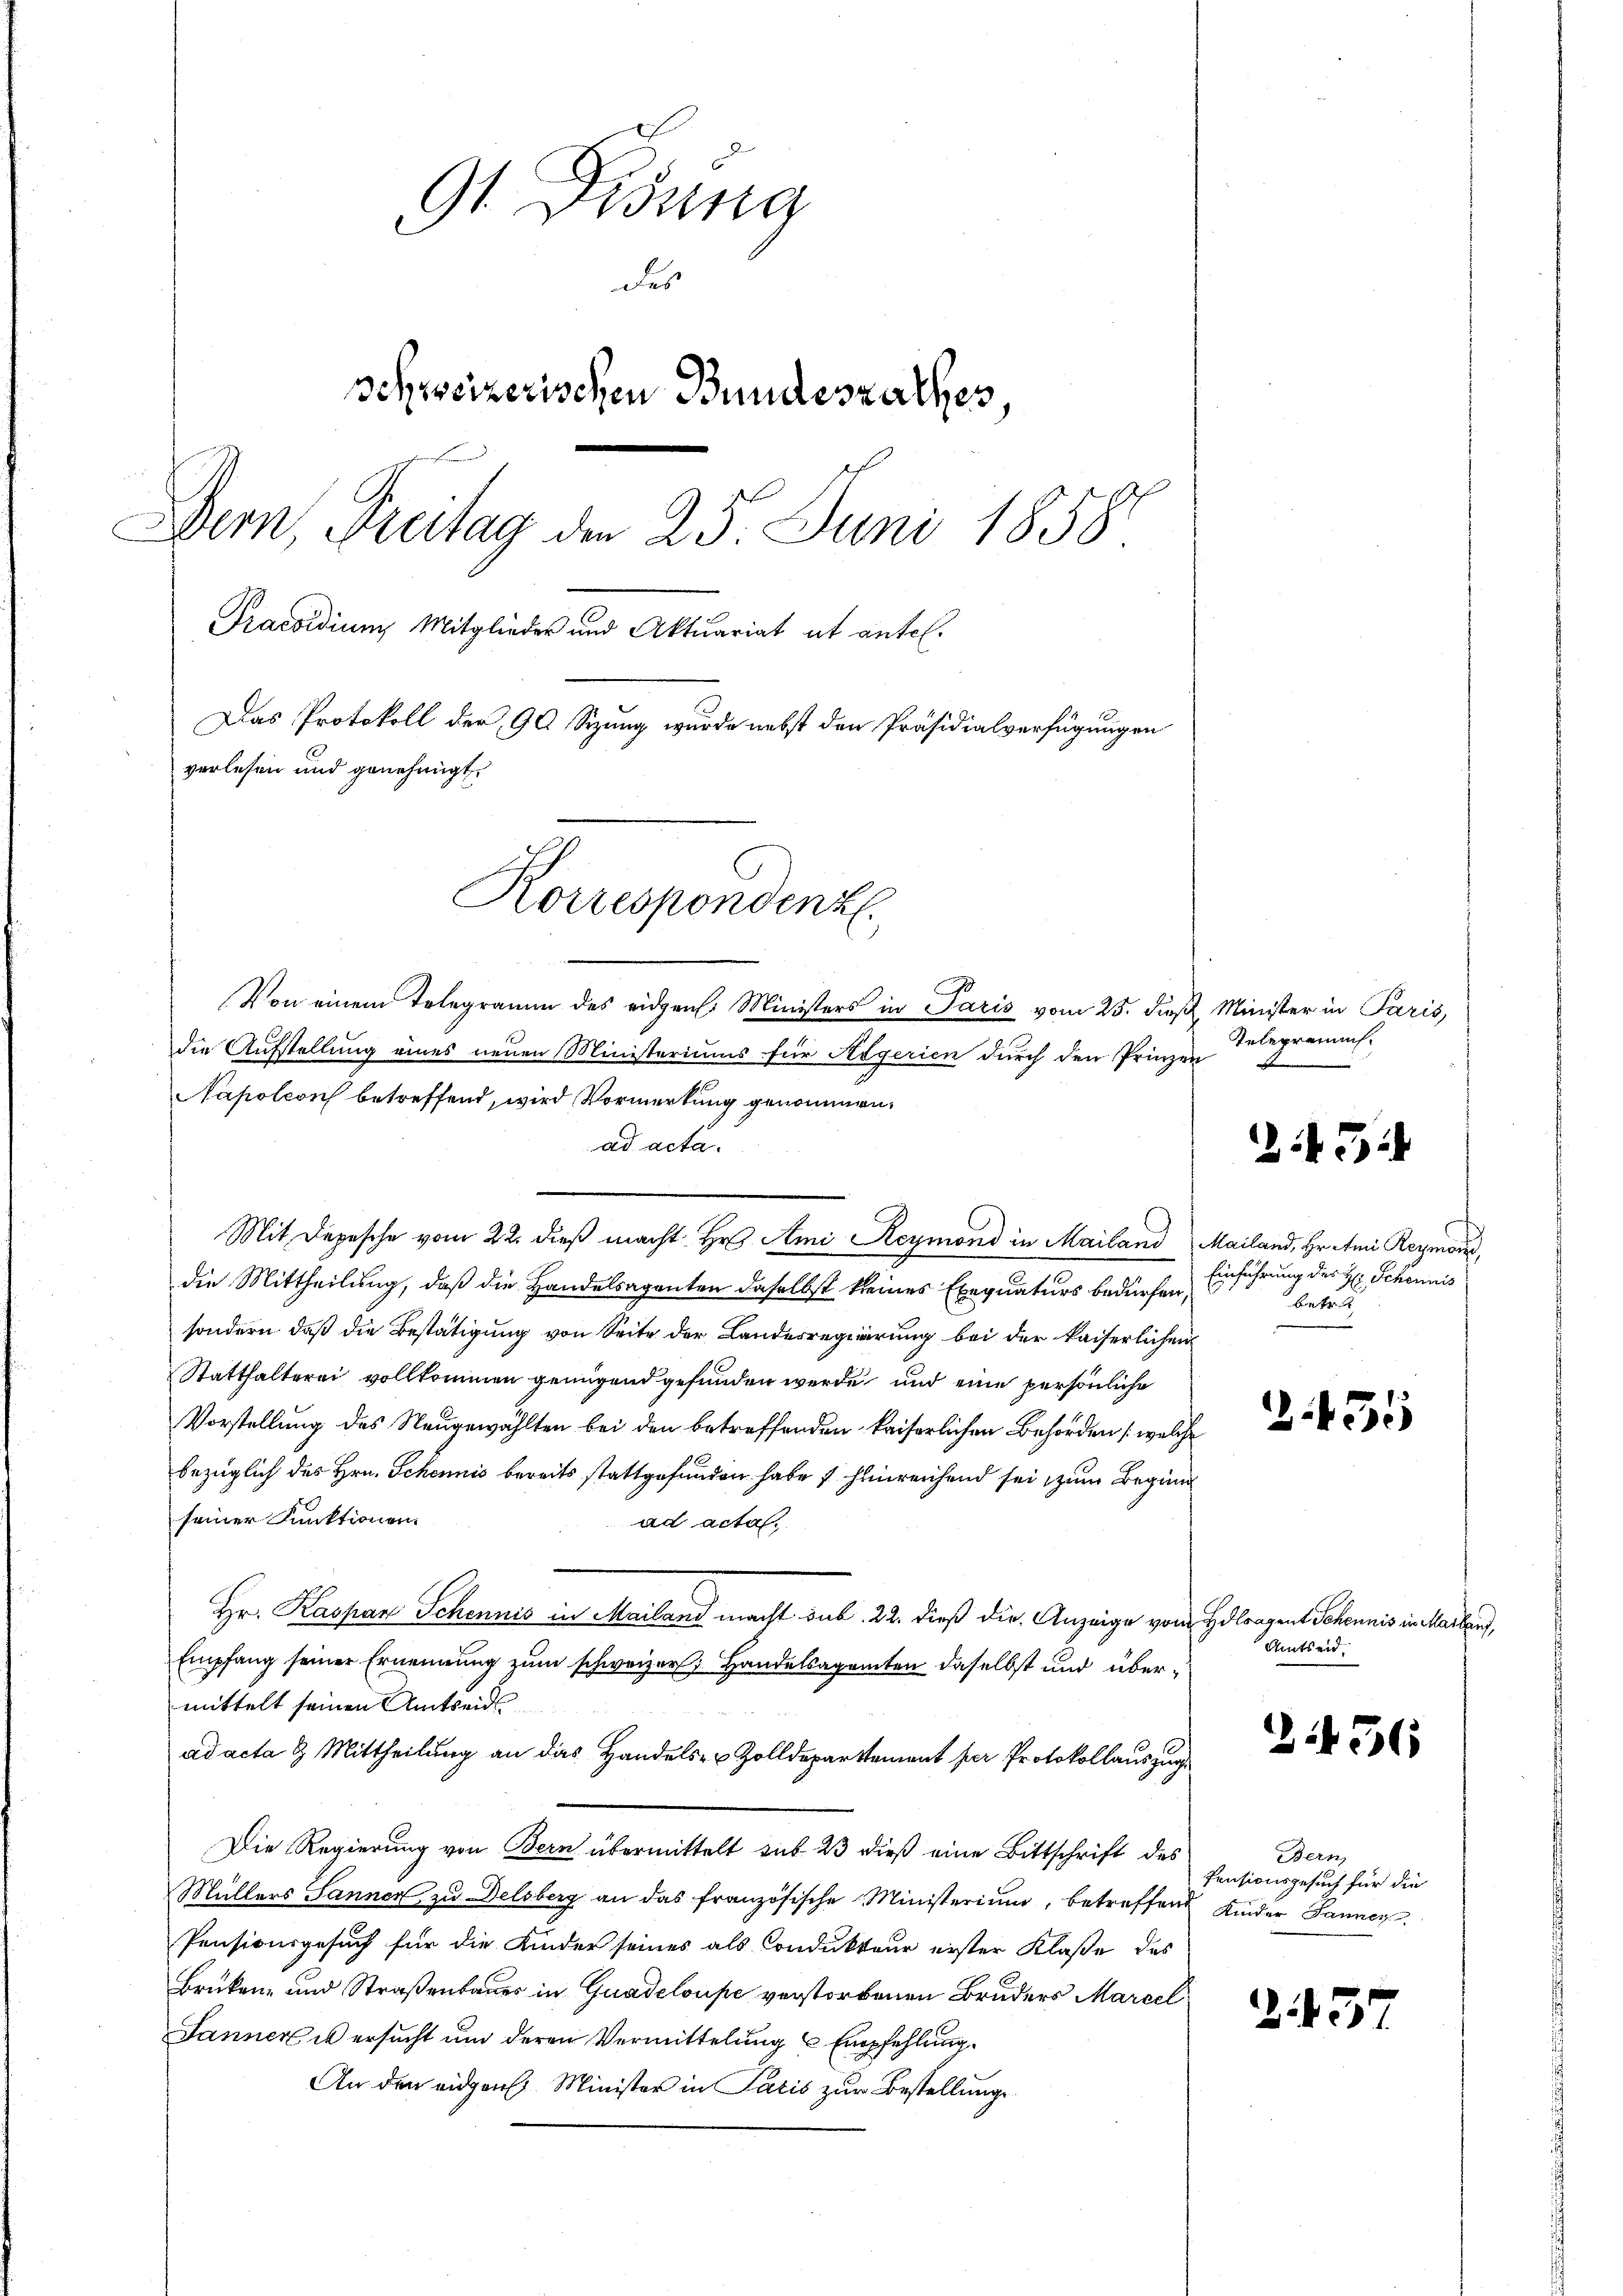
9 Didung
des
schweizerischen Bundesrathes
Dern, Freitag den 25. Juni 1858
Praesidium Mitglieder und Aktuariat it antel.
Das Protokoll der 90 Sizung wurde nebst den Präsidialverfügungen
verlesen und genehmigt
Korrespondenz.

Von einem Telegramm des eidgen. Ministers in Paris vom 25. dieß Minister in Paris,
die Aufstellung eines neuen Ministeriums für Aegerien durch den Prinzen
Napoleon betreffend, wird Vormerkung genommen.
ad acta.
Mit Depesche vom 22. dieß macht Hr. Ami Reymond in Mailand Mailand, Hr. Ami Reymond,
die Mittheilung, daß die Handelsagenten daselbst kleines Exequaturs bedürfen,
sondern, daß die Bestätigung von Seite der Landesregierung bei der kaiserlichen
Statthalterei vollkommen genügend gefunden werde und eine persönliche
Vorstellung des Neugewählten bei den betreffenden kaiserlichen Behörden (welche
bezüglich des Hrn. Schennis bereits stattgefunden habe hinreichend sei zum Beginn
seiner Funktionen
ad acta.
Hr. Kaspar Schennis in Mailand macht sub. 22. dieß die Anzeige vom Hotragent Schannis in Marten,
Empfang seiner Ernennung zum schweizer, Handelsagamten daselbst und übermittelt seinen Amtseid
ad acta & Mittheilung an das Handels- & Zolldepartement per Protokollauszug
Die Regierung von Bern übermittelt sub 23 dieß eine Bittschrift des
Müllers Sanner zŭ Delsberg an das französische Ministerium, betreffend Kinder Janner
Pensionsgesuch für die Kinder seines als Condukteur eister Klaße des
Brüken- und Straßenbauer in Guadeloupe verstorbenen Bruders Marcel
Sanner us ersucht um deren Vermittelung 6 Empfehlung.
An den eidgen. Minister in Paris zur Bestellung

Telegramms.

45

Einführung des H: Scheinis
t

255

Amtseid.

21436

Bern,
Pensionsgesuch für die

5